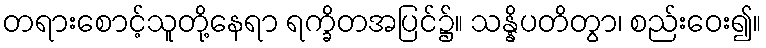
တရားစောင့်သူတို့နေရာ ရက္ခိတအပြင်၌။ သန္နိပတိတွာ၊ စည်းဝေး၍။